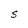
Character: S